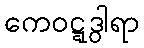
ကေဝဋ္ဋဒွါရာ